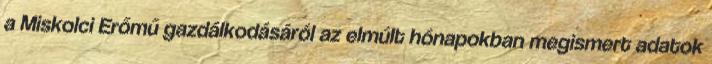
a Miskolci Erőmű gazdálkodásáról az elmúlt hónapokban megismert adatok